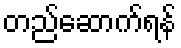
တည်ဆောက်ရန်